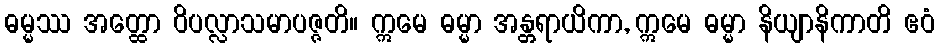
ဓမ္မဿ အတ္ထော ဝိပလ္လာသမာပဇ္ဇတိ။ ဣမေ ဓမ္မာ အန္တရာယိကာ, ဣမေ ဓမ္မာ နိယျာနိကာတိ ဧဝံ